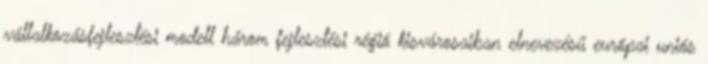
vállalkozásfejlesztési modell három fejlesztési régió kisvárosaiban elnevezésű európai uniós